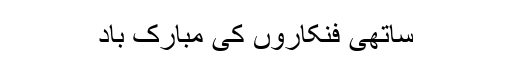
ساتھی فنکاروں‌ کی مبارک باد